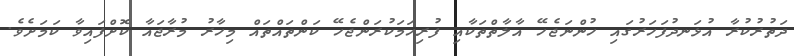
ދަތުރުކުރާ އުޅަނދުފަހަރުގައި ހުންނަޖެހޭ އާލާތްތަކާއި ފުރިހަމަކުރަންޖެހޭ ކަންތައްތައް މިހާރު މުރާޖައާ ކޮށްފައިވާ ކަމަށެވެ.